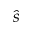
\hat { s }